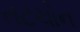
તટચોન